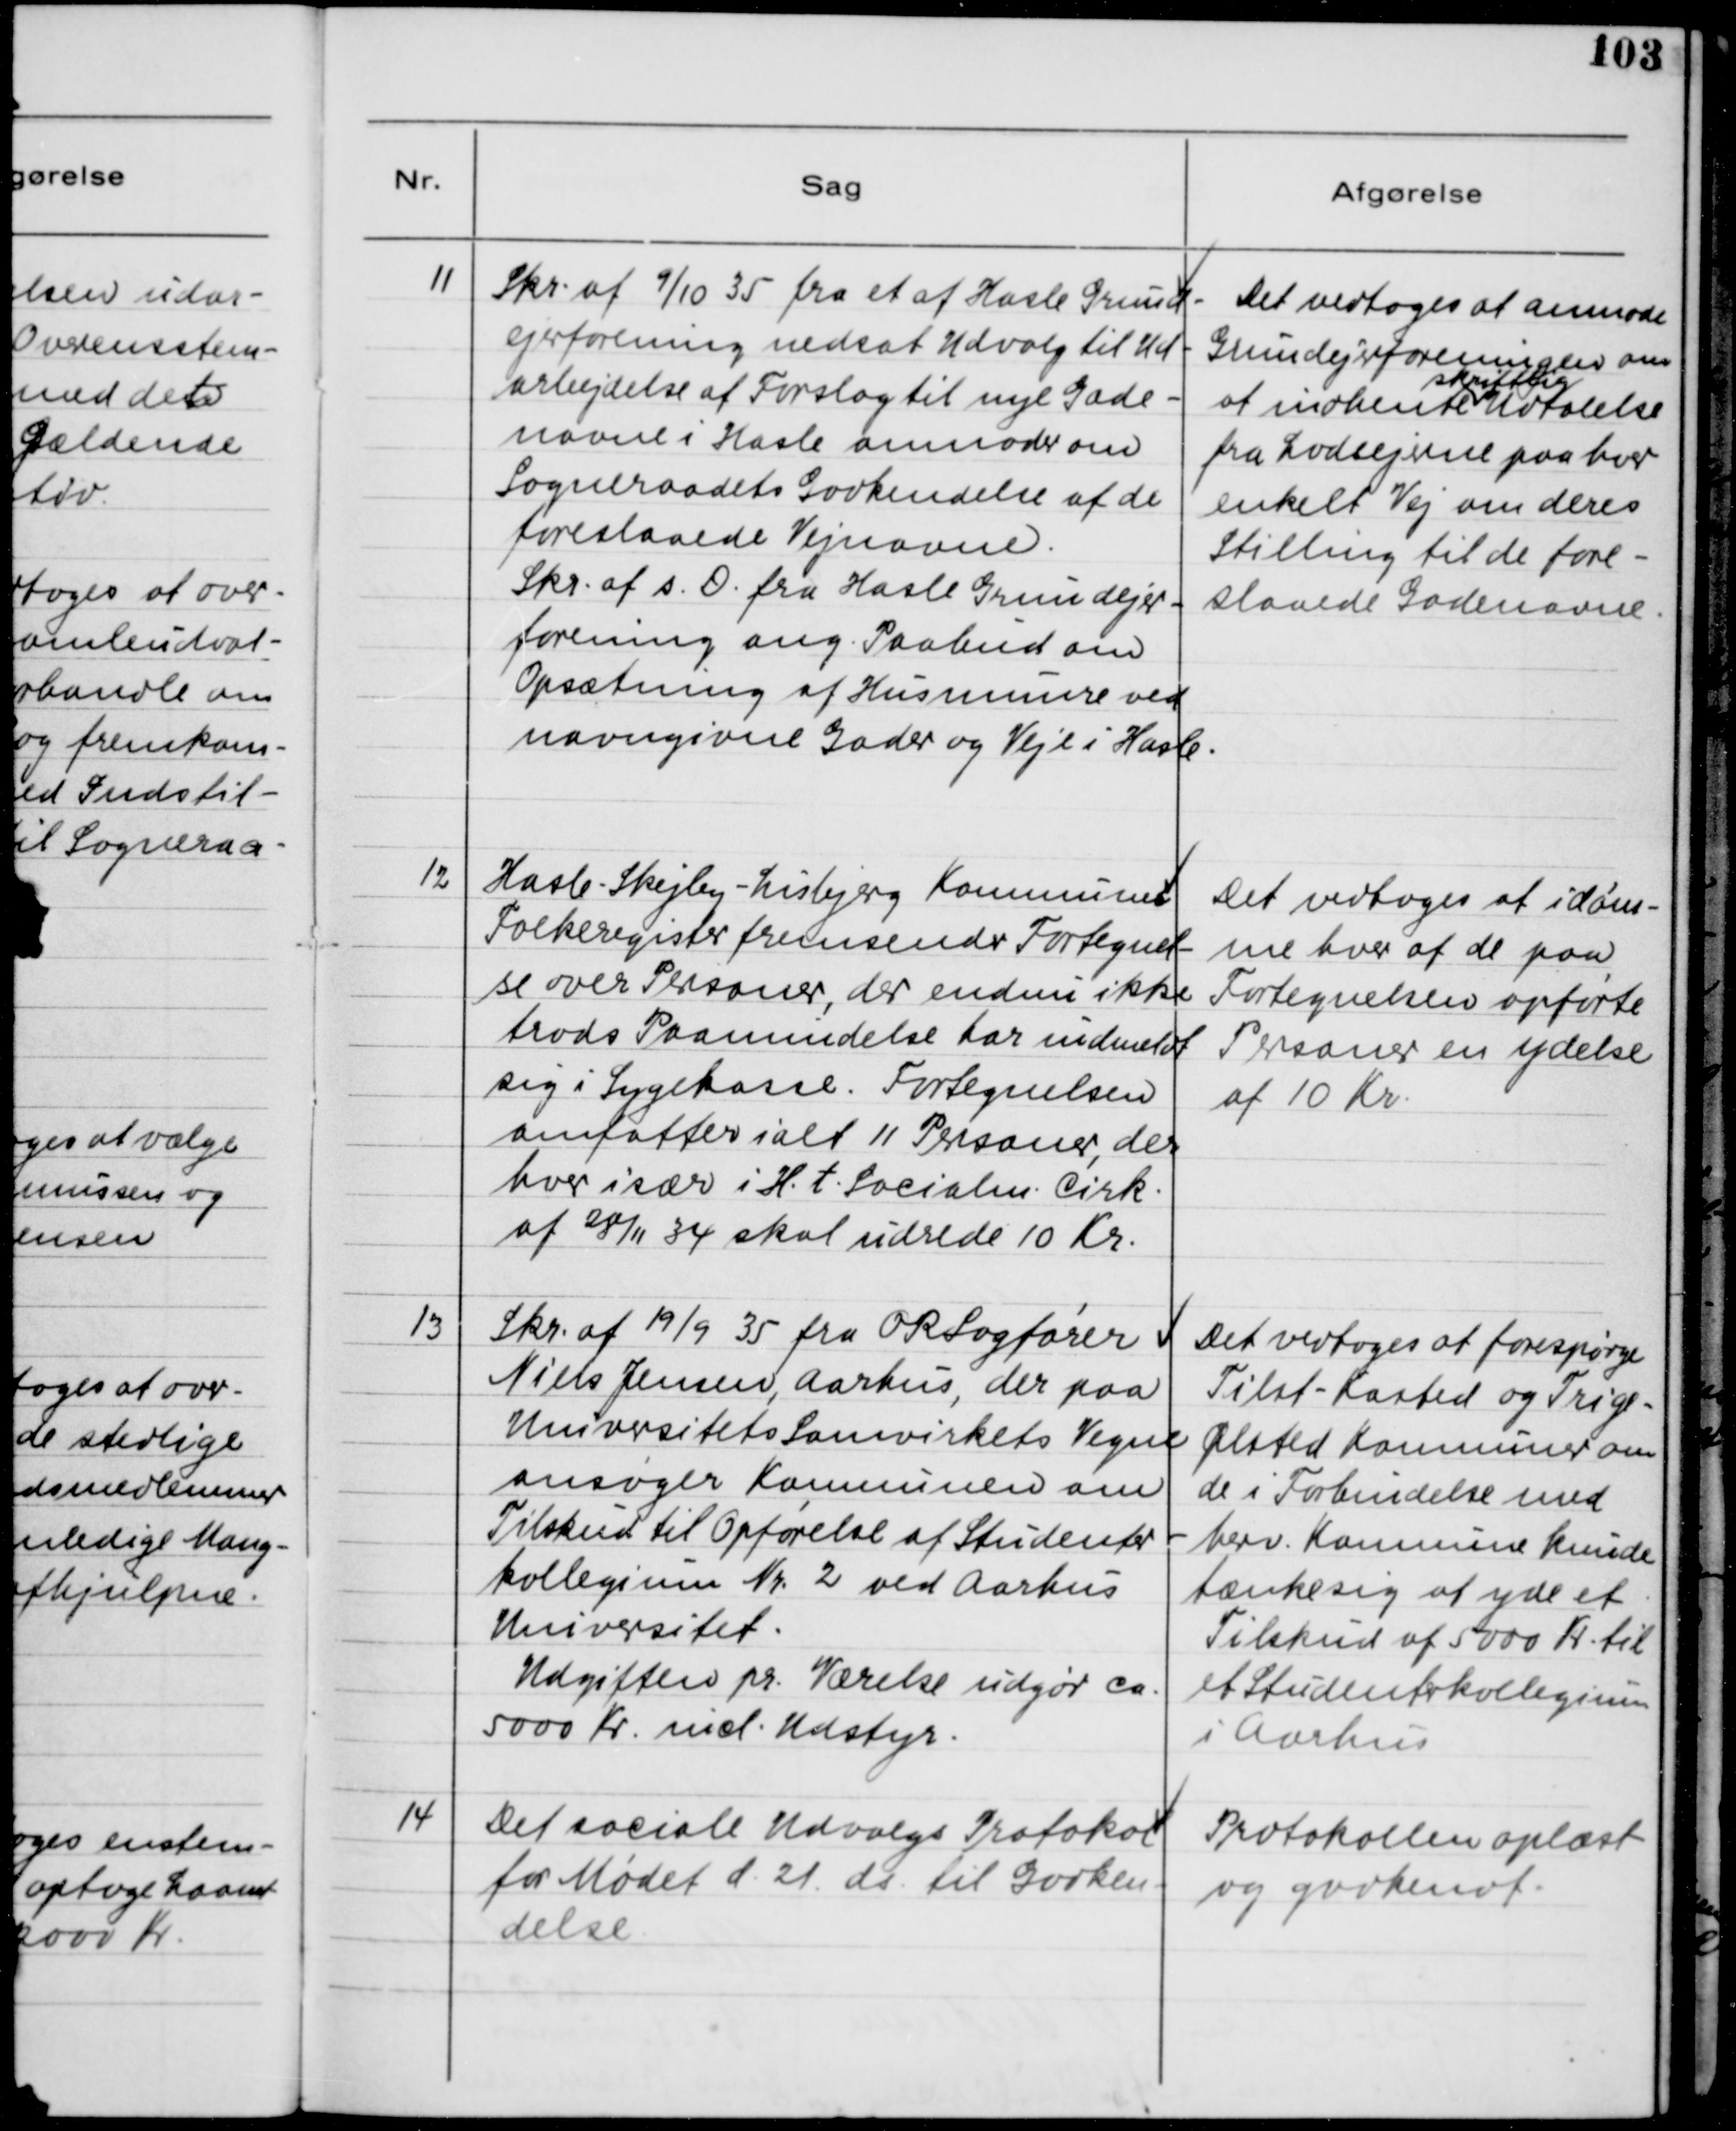
Transskription:
11
Skr. af 9/10 35 fra et af Hasle Grund-
ejerforening nedsat Udvalg til Ud-
arbejdelse af Forslag til nye Gade-
navne i Hasle anmoder om
Sogneraadets Godkendelse af de
foreslaaede Vejnavne.
Skr. af s. D. Fra Hasle Grundejer-
forening ang. Paabud om
Opsætning af Husnumre ved
navngivne Gader og Veje i Hasle.
Det vedtoges at anmode
Grundejeforeningen om
at indhente
skriftlig
Udtalelse
fra Lodsejerne paa hver
enkelt Vej om deres
Stilling til de fore-
slaaede Gadenavne.
12
Hasle-Skejby-Lisbjerg Kommune
Folkeregister fremsender Fortegnel-
se over Personer, der endnu ikke
trods Paamindelse har indmeldt
sig i Sygekasse. Fortegnelsen
omfattes ialt 11 Personer, der
hver især i H.t. Socialm. Cirk.
af 28/11 34 skal udrede 10 Kr.
Det vedtoges at idøm-
me hver af de paa
Fortegnelsen opførte
Personer en ydelse
af 10 Kr.
13
Skr. af 19/9 35 fra ORSagfører
Niels Jensen, Aarhus der paa
Universitets Samvirkets Vegne
ansøger Kommunen om
Tilskud til Opførelse af Studenter
kollegium Nr. 2 ved Aarhus
Universitet.
Udgifter pr. Værelse udgør ca.
5000 Kr. md. Udstyr.
Det vedtoges at forespørge
Tilst-Kasted og Trige-
Ølsted Kommuner om
de i Forbindelse med
berv. Kommunen kunde
tænke sig at yde et
Tilskud af 5000 Kr. til
i Studenterkollegium
i Aarhus.
14
Det sociale Udvalgs Protokol
for Mødet d. 21. ds. til Godken-
delse.
Protokollen oplæst.
og godkendt.